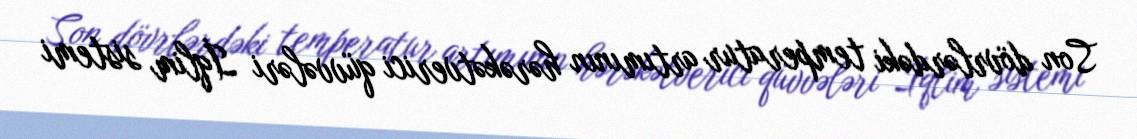
Son dövrlərdəki temperatur artımının hərəkətverici qüvvələri İqlim sistemi